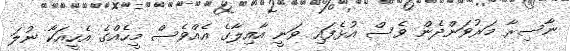
ނާސިރާ މަރުވަންދެން ވެސް އުޅެފައި ވަނީ އާއިލާގެ އެއްވެސް މީހެއްގެ އެހީއަކާ ނުލަ